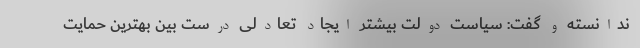
ندانسته و گفت: سیاست دولت بیشتر ایجاد تعادلی درست بین بهترین حمایت